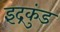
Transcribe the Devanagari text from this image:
इंद्रकुंड